Leaving Certificate Examination, 1915
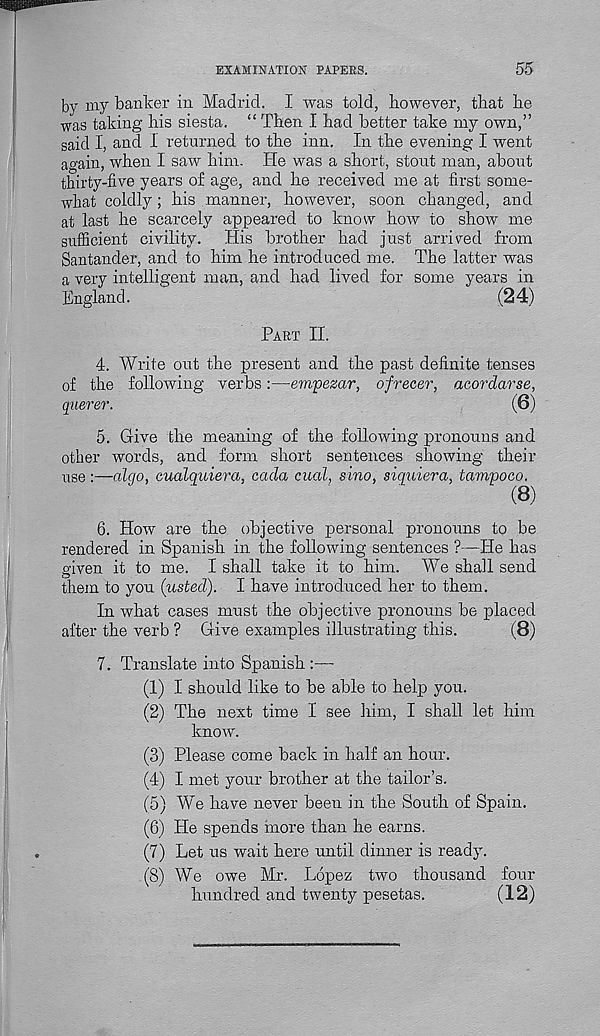
EXAMINATION PAPERS.
55
by my banker in Madrid. I was told, however, that be
was taking his siesta. “ Then I had better take my own,”
said I, and I returned to the inn. In the evening-1 went
again, when I saw him. He was a short, stout man, about
thirty-five years of age, and he received me at first some-
what coldly; his manner, however, soon changed, and
at last he scarcely appeared to know how to show me
sufficient civility. His brother had just arrived from
Santander, and to him he introduced me. The latter was
a very intelligent man, and had lived for some years in
England.
(24)
Part II.
4. Write out the present and the past definite tenses
of the following verbs:—empezar, ofrecer, acordarse,
querer.
(6)
5. Give the meaning of the following pronouns and
other words, and form short sentences showing their
use:—algo, cualqidera, cada cual, sino, siquiera, tampoco.
(8)
6. How are the objective personal pronouns to be
rendered in Spanish in the following sentences ?—He has
given it to me. I shall take it to him. We shall send
them to you (listed). I have introduced her to them.
In what cases must the objective pronouns be placed
after the verb ? Give examples illustrating this.
(8)
7. Translate into Spanish :—
(1) I should like to be able to help you.
(2) The next time I see him, I shall let him
know.
(3) Please come back in half an hour.
(4) I met your brother at the tailor’s.
(5) We have never been in the South of Spain.
(6) He spends more than he earns.
(7) Let us wait here until dinner is ready.
(8) We owe Mr. Lopez two thousand four
hundred and twenty pesetas.
(12)